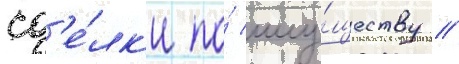
сд'е́лк'и по́ иму́ществу /